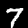
Digit: 7